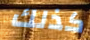
كذلك